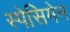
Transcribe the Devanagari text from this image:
स्पेसिमेन